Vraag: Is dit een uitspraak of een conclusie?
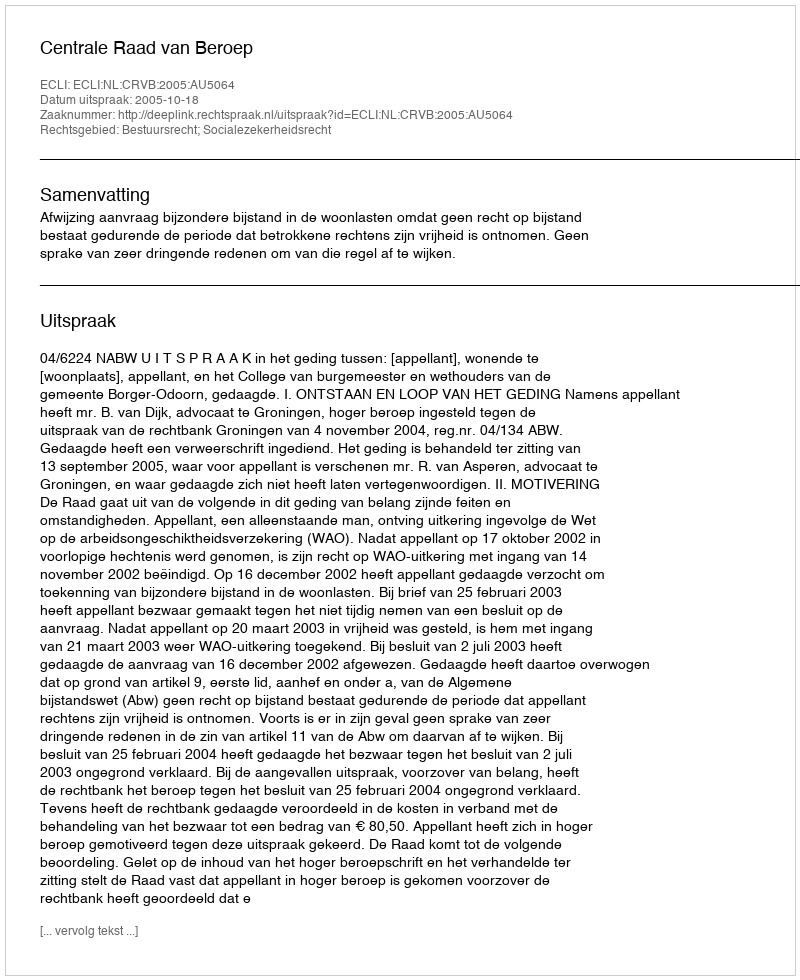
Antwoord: Uitspraak